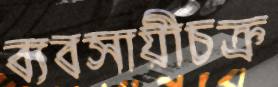
ব্যবসায়ীচক্র